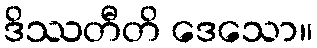
ဒိဿတီတိ ဒေသော။